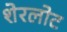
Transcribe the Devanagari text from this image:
शेरलोट